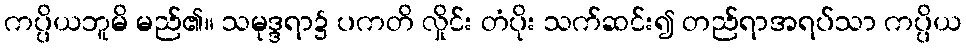
ကပ္ပိယဘူမိ မည်၏။ သမုဒ္ဒရာ၌ ပကတိ လှိုင်း တံပိုး သက်ဆင်း၍ တည်ရာအရပ်သာ ကပ္ပိယ